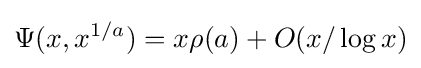
\Psi (x,x^{1/a})=x\rho (a)+O(x/\log x)